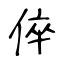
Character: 倅